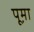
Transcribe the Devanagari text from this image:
पूम़ा